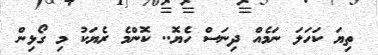
ތިޔަ ކަހަލަ ނަމެއް ދިނަސް ހެޔޮ.. ކޮންމެ ރެޔަކު މި ގޯޅިން